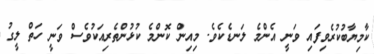
ކާމިޔާބުކުރެވިފައި ވަނީ އެންމެ ލަނޑެކެވެ. މިއިން ކޮންމެ ކުޅުންތެރިއަކުވެސް ވަނީ ހަތް ލީގު